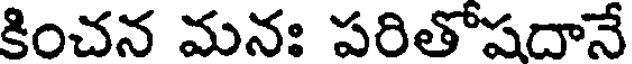
కించన మనః పరితోషదానే